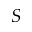
S